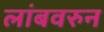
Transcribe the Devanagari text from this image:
लांबवरुन